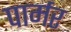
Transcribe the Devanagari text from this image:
पार्मर